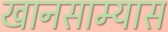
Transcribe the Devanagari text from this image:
खानसाम्यास